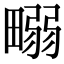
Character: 𤲹